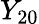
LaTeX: Y_{20}